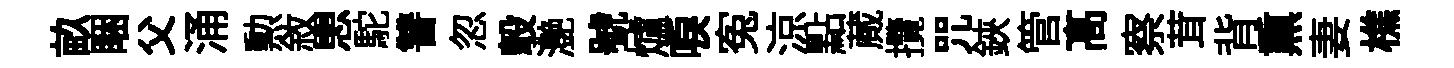
畝睏父涌勲敘愳駝讐忽彀灔號爐唳寃涼點蕆攬咒鋏管髙察茸背𤋱妻樵